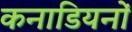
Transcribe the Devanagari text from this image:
कनाडियनों